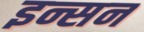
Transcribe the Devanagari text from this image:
इन्सन